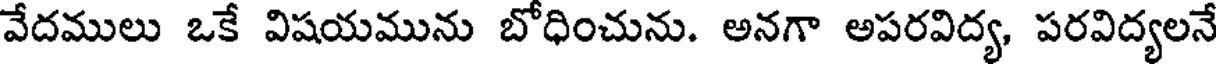
వేదములు ఒకే విషయమును బోధించును. అనగా అపరవిద్య, పరవిద్యలనే